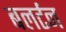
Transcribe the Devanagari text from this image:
बलर्टन